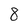
Character: 8